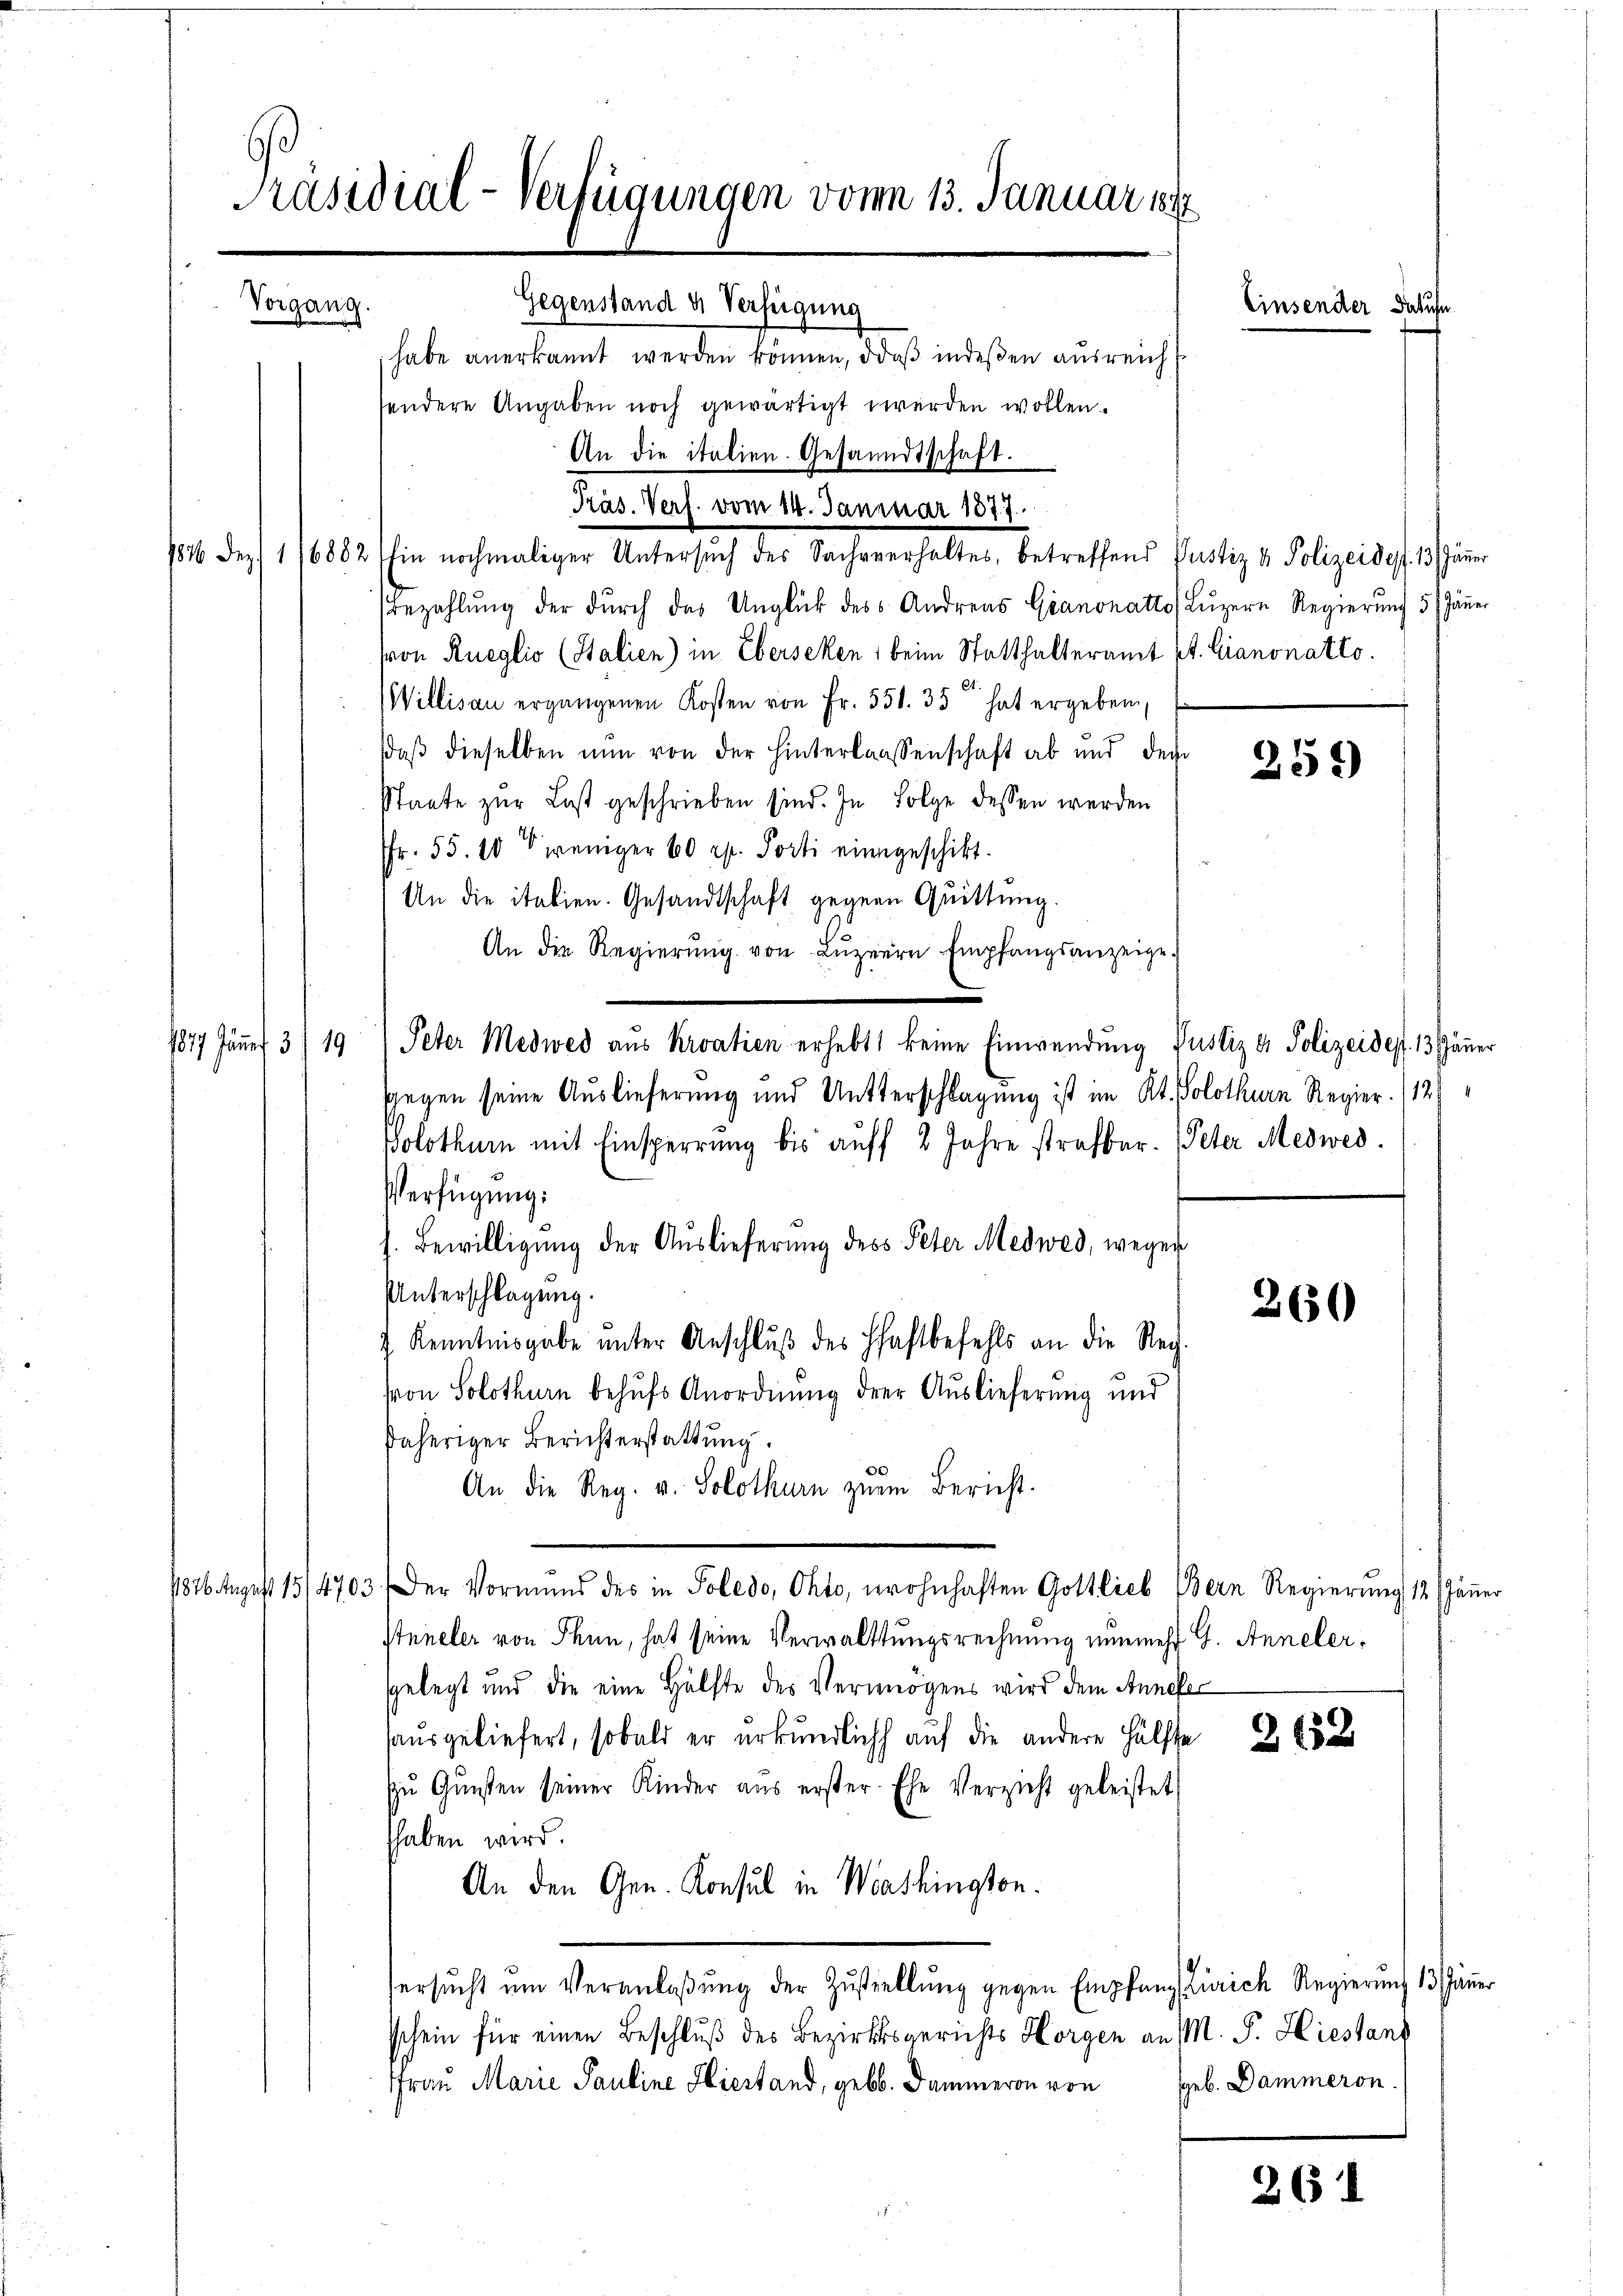
Präsidial-Verfügungen vom 13. Januar 1897
Vorgang.
Gegenstand u. Verfügung
habe anerkannt werden können, daß indeßen ausreich

andere Angaben noch gewärtigt werden wollen.
Präs. Verf. vom 14. Januar 1877.
1816 Dez. 116882 (Ein nochmaliger Untersŭch des Sachverhaltes, betreffend Justiz & Polizeides. 13 Jäṅer
Bezahlung der durch das Unglück des Andreas Giannatto Luzern Regierung 5 Jäner
sron Rueglio (Stalien) in Eberseken, beim Statthalteramt St. Canonatto.
Willisau ergangenen Kosten von Fr. 551. 35 hat ergeben
daβ dieselben nun von der hinterlassenschaft ab und der
Staate zur Last geschrieben sind. In Folge dessen werden
Fr. 55. 10 weniger 60 rp. Porti eingeschikt.
An die italien. Gesandtschaft gegen Quittung.
An die Regierŭng von Lŭzern Empfangsanzeige.
1877 Jäṅer 3) 19) Peter Medwed aus Kroatien erhebt keine Einwendung Justiz & Polizeides 13 Jänner
Gegen seine Auslieferung und Unterschlagung ist im Kt. Solothurn Regier. (124
Polothur mit Einsperrung bis auff 2 Jahre strafbar. Peter Medwed.
Verfügung:
h. Bewilligung der Auslieferung dess Peter Medwed, wegen
Unterschlagung.
7 Kenntnisgabe ŭnter Anschlŭβ des Haftbefehls an die Reg.
hron Solothurn behufs Anordnung derer Auslieferung und
daheriger Berichterstattung.
An die Reg. v. Solothurn zŭm Bericht.
1826. August 15/4703. Der Vormund des in Poledo, Okto, wohnhaften Gottlieb Bern Regierŭng 12. Jäṅe
steüeler von Thun, hat seine Verwalttungsrechnung nunmehr G. Anneler,
gelegt und die eine Hälfte des Vermögens wird dem Annefer
sausgeliefert, sobald er urkundlich auf die andere Hälfte
zŭ Gŭnsten seiner Kinder aŭs erster Ehe Verzicht geleistet
haben wird.
An den Gen. Konsul in Washington.
ersŭcht ŭm Veranlaβŭng der Zŭstellŭng gegen Empfang Zürich Regierŭng 13 Jäṅer
schein für einen Beschluß des Bezirksgerichts Horgen an M. J. Hiestanz
Frau Marie Pauline Hiestand, geb. Dammeron von

An die italien. Gesandtschaft.

Einsender dat

259)

260

262

geb. Dammeron

261